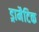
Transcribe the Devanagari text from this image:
ड्रामैटिक